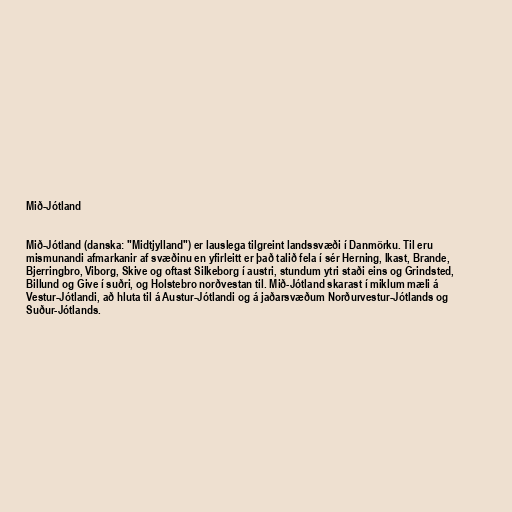
Mið-Jótland

Mið-Jótland (danska: "Midtjylland") er lauslega tilgreint landssvæði í Danmörku. Til eru
mismunandi afmarkanir af svæðinu en yfirleitt er það talið fela í sér Herning, Ikast, Brande,
Bjerringbro, Viborg, Skive og oftast Silkeborg í austri, stundum ytri staði eins og Grindsted,
Billund og Give í suðri, og Holstebro norðvestan til. Mið-Jótland skarast í miklum mæli á
Vestur-Jótlandi, að hluta til á Austur-Jótlandi og á jaðarsvæðum Norðurvestur-Jótlands og
Suður-Jótlands.